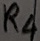
Text: R4